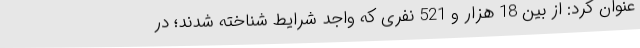
عنوان کرد: از بین 18 هزار و 521 نفری که واجد شرایط شناخته شدند؛ در